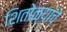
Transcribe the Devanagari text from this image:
शितोळ्यांचे